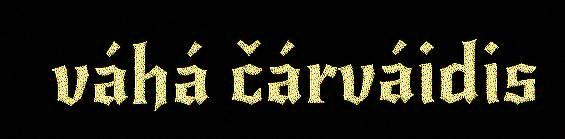
váhá čárváidis